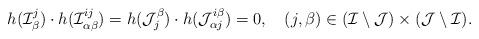
LaTeX: \begin{align*}h(\mathcal{I}_{\beta}^{j})\cdot h(\mathcal{I}_{\alpha\beta}^{ij})=h(\mathcal{J}_{j}^{\beta})\cdot h(\mathcal{J}_{\alpha j}^{i\beta})=0,\quad(j,\beta)\in(\mathcal{I}\setminus\mathcal{J})\times(\mathcal{J}\setminus\mathcal{I}).\end{align*}